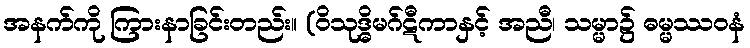
အနက်ကို ကြားနာခြင်းတည်း။ (ဝိသုဒ္ဓိမဂ်ဋီကာနှင့် အညီ၊ သမ္မာ၌ ဓမ္မဿဝနံ